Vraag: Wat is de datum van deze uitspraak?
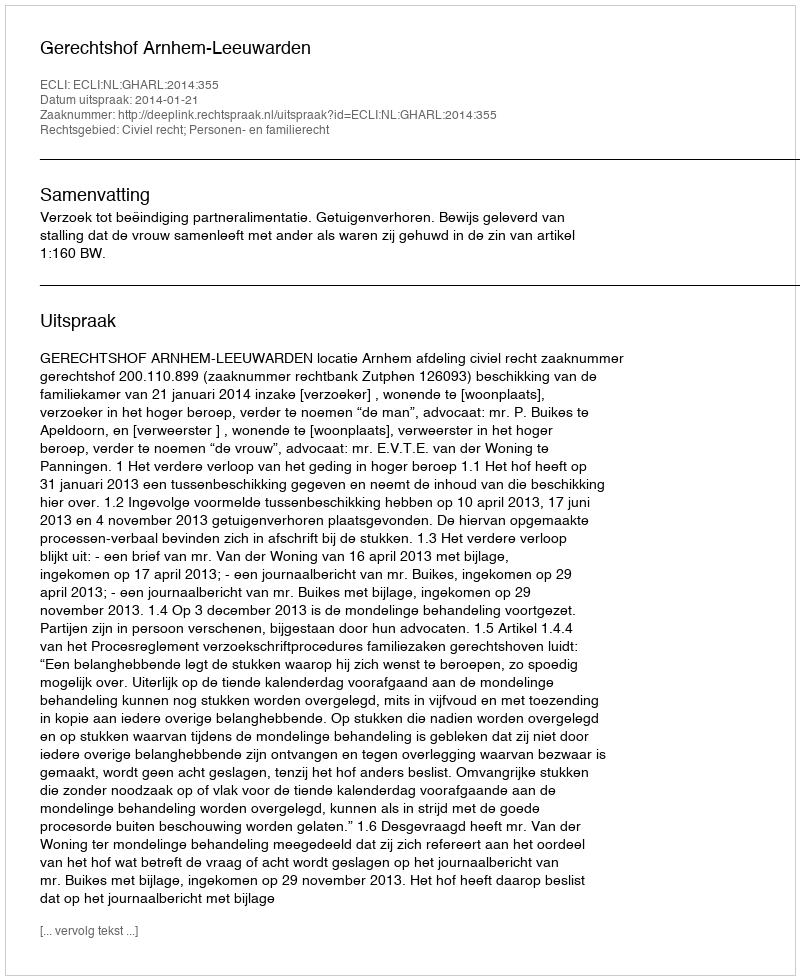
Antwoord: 2014-01-21